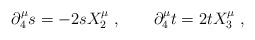
\begin{align*} \partial^\mu_4 s = -2sX^\mu_2\;, \qquad \partial^\mu_4 t = 2tX^\mu_3\;,\end{align*}